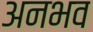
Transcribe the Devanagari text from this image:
अनभव